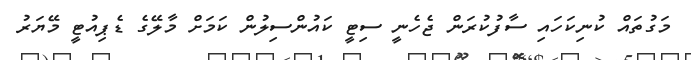
މަގުތައް ކުނިކަހައި ސާފުކުރަން ޖެހެނީ ސިޓީ ކައުންސިލުން ކަމަށް މާލޭގެ ޑެޕިއުޓީ މޭޔަރު